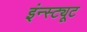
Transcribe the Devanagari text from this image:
इंन्स्ट्यूट